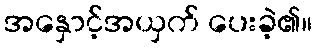
အနှောင့်အယှက် ပေးခဲ့၏။